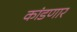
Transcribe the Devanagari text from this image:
कांडणार